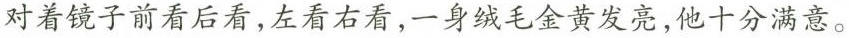
对着镜子前看后看，左看右看，一身绒毛金黄发亮，他十分满意。